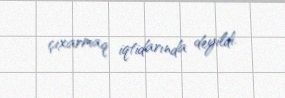
çıxarmaq iqtidarında deyildi.